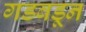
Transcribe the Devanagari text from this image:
गडबडून